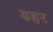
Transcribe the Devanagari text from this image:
डहर